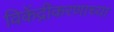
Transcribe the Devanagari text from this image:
विकेंद्रीकरणाच्या